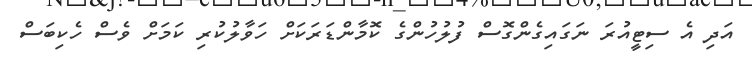
އަދި އެ ސިޓީއުރަ ނަގައިގެންގޮސް ފުލުހުންގެ ކޮމާންޑަރަކަށް ހަވާލުކުރި ކަމަށް ވެސް ހެކިބަސް